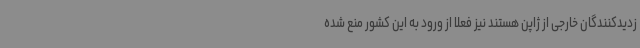
زدیدکنندگان خارجی از ژاپن هستند نیز فعلا از ورود به این کشور منع شده